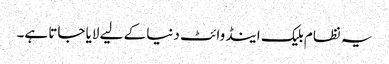
یہ نظام بلیک اینڈ وائٹ دنیا کے لیے لایا جاتا ہے۔